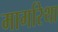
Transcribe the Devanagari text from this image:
मार्गारेथा